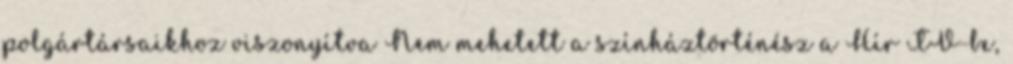
polgártársaikhoz viszonyítva Nem mehetett a színháztörténész a Hír TV-be,